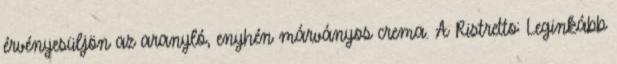
érvényesüljön az aranyló, enyhén márványos crema. A Ristretto: Leginkább